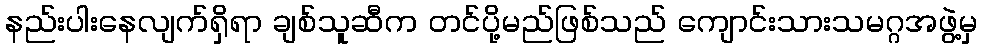
နည်းပါးနေလျက်ရှိရာ ချစ်သူဆီက တင်ပို့မည်ဖြစ်သည် ကျောင်းသားသမဂ္ဂအဖွဲ့မှ